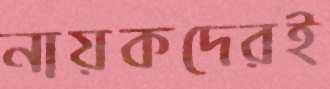
নায়কদেরই